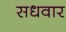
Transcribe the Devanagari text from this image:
सधवार